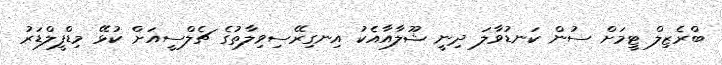
ބްރެޒިލް ޓީމަށް ސުން ކަނޑުވާލަ ދިނީ ޝޫލާއާއެކު އިނގިރޭސިވިލާތުގެ ޗެލްސީއަށް ކުޅޭ މިޑްފީލްޑަރު